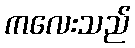
ကလေးသည်